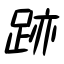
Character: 跡